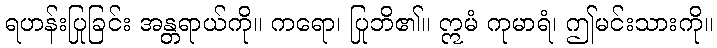
ရဟန်းပြုခြင်း အန္တရာယ်ကို။ ကရော၊ ပြုဘိ၏။ ဣမံ ကုမာရံ၊ ဤမင်းသားကို။